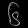
Digit: ၆